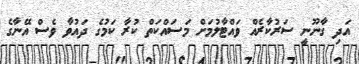
އަދި ގާނޫނީ ސަރުކާރެއް ވައްޓާލުމަށް މަސައްކަތް ކުރާ ކަމުގެ ދައުވާ ވެސް އޭނާގެ